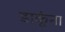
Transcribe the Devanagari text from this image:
डाकूंना